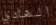
الهادي